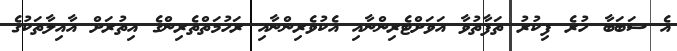
އެ ސަބަބާ ހުރެ ފިކުރު ތަފާތުވާ އަވަށްޓެރިންނާއި އެކުވެރިންނާއި ރަހުމަތްތެރިންގެ އިތުރަށް އާއިލާތަކުގެ